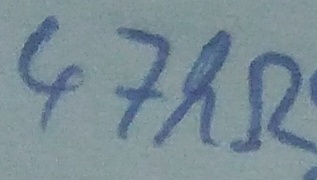
Text: 47kΩ